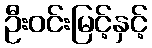
ဦးဝင်းမြင့်နှင့်